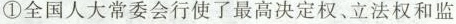
①全国人大常委会行使了最高决定权、立法权和监